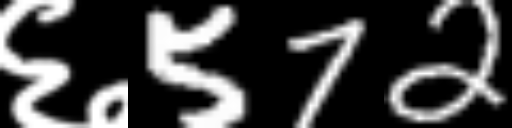
Text: ६572